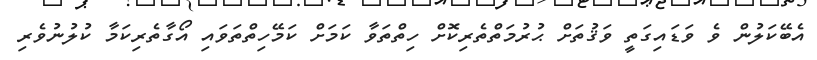
އެބޭކަލުން ވެ ވަޑައިގަތީ ވަޤުތަށް ޙުރުމަތްތެރިކޮށް ހިތްތަވާ ކަމަށް ކަމޭހިތްތަވައި އޯގާތެރިކަމާ ކުލުނުވެރި